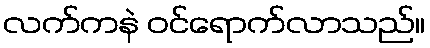
လက်ကနဲ ဝင်ရောက်လာသည်။